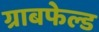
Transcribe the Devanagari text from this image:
ग्राबफेल्ड